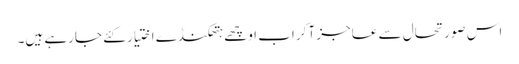
اس صورتحال سے عاجز آکر اب اوچھے ہتھکنڈے اختیار کئے جارہے ہیں۔